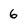
Character: 6